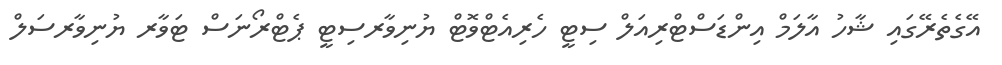
އޭގެތެރޭގައި ޝާހު އާލަމް އިންޑަސްޓްރިއަލް ސިޓީ ހެރިއެޓްވޮޓް ޔުނިވާރސިޓީ ޕެޓްރޯނަސް ޓަވާރ ޔުނިވާރސަލް